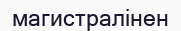
магистралінен